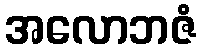
အလောဘဇံ